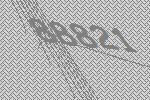
88821